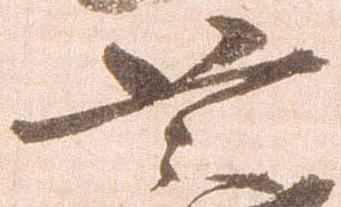
恐